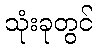
သုံးခုတွင်